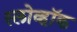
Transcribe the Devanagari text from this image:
स्लोव्हॉक